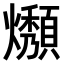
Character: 𤒟